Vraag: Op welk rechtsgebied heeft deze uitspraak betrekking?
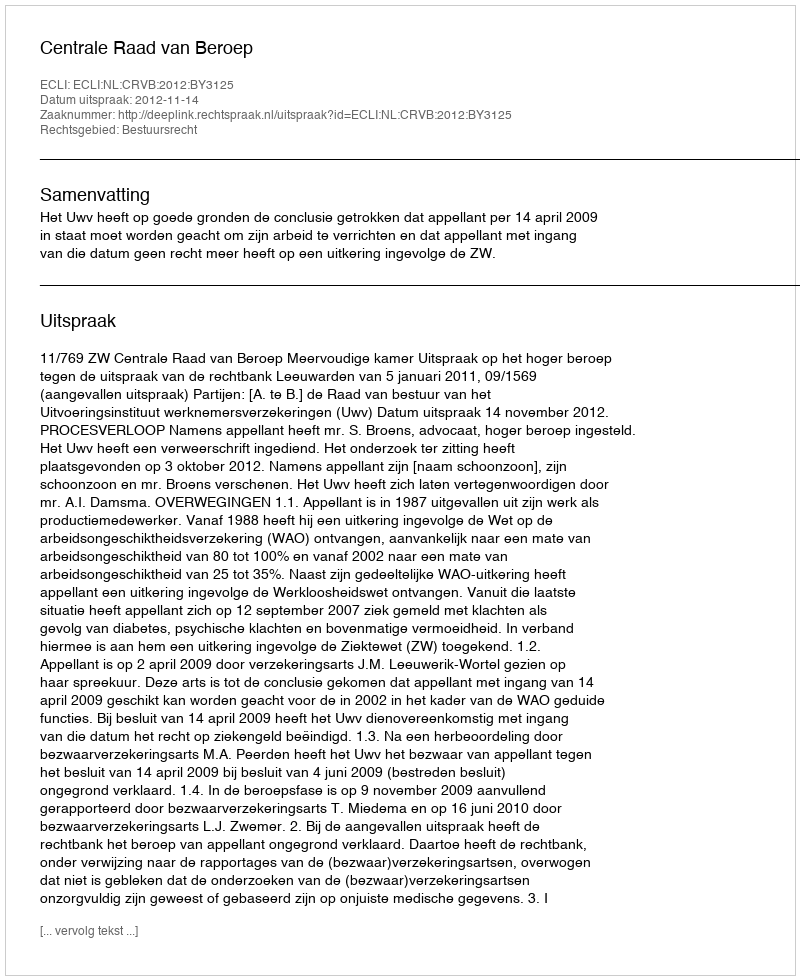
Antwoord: Bestuursrecht